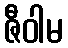
ဇီဝါမ